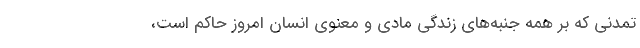
تمدنی که بر همه جنبه‌های زندگی مادی و معنوی انسان امروز حاکم است،